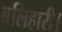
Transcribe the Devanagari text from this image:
बलिहारी।